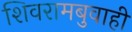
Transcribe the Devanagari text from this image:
शिवरामबुवाही